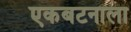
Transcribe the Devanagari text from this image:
एकबटनाला